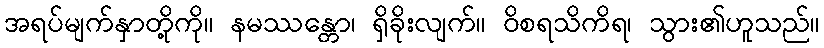
အရပ်မျက်နှာတို့ကို။ နမဿန္တော၊ ရှိခိုးလျက်။ ဝိစရသိကိရ၊ သွား၏ဟူသည်။